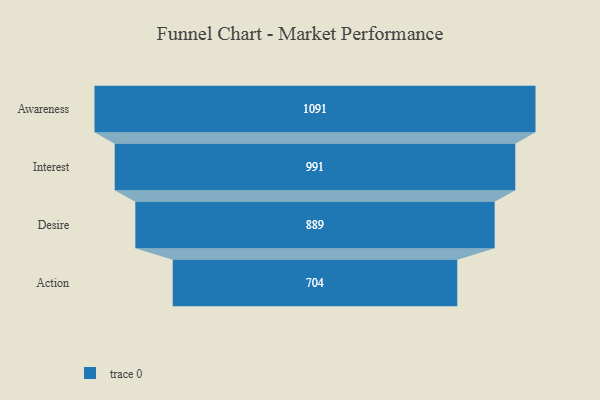
{"axis": {"x": "Stage", "y": "Value"}, "legend": [""], "data": [{"x": "Awareness", "y": 1091.0, "type": ""}, {"x": "Interest", "y": 991.0, "type": ""}, {"x": "Desire", "y": 889.0, "type": ""}, {"x": "Action", "y": 704.0, "type": ""}]}